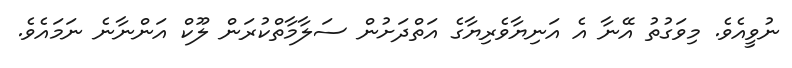
ނުވީއެވެ. މިވަގުތު އޭނާ އެ އަނިޔާވެރިޔާގެ އަތްދަށުން ސަލާމާތްކުރަން ލޫކް އަންނާނެ ނަމައެވެ.